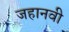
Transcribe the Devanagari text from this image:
जहानवी